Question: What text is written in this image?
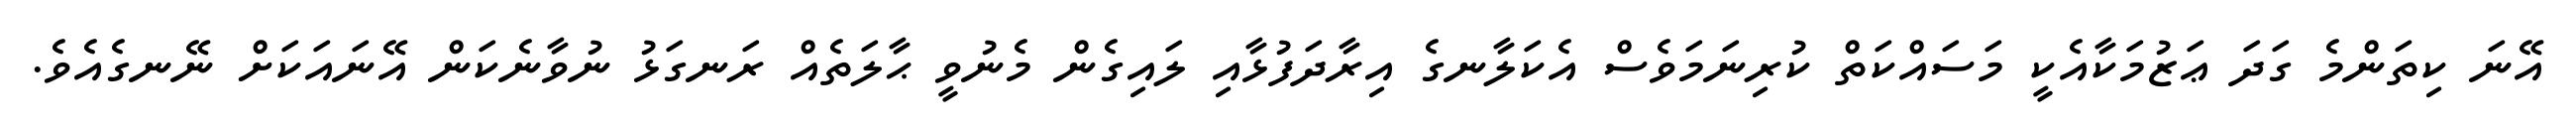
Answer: އޭނަ ކިތަންމެ ގަދަ ޢަޒުމަކާއެކީ މަސައްކަތް ކުރިނަމަވެސް އެކަލާނގެ އިރާދަފުޅާއި ލައިގެން މެނުވީ ޙާލަތެއް ރަނގަޅު ނުވާނެކަން އޭނައަކަށް ނޭނގެއެވެ.